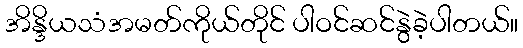
အိန္ဒိယသံအမတ်ကိုယ်တိုင် ပါဝင်ဆင်နွဲခဲ့ပါတယ်။